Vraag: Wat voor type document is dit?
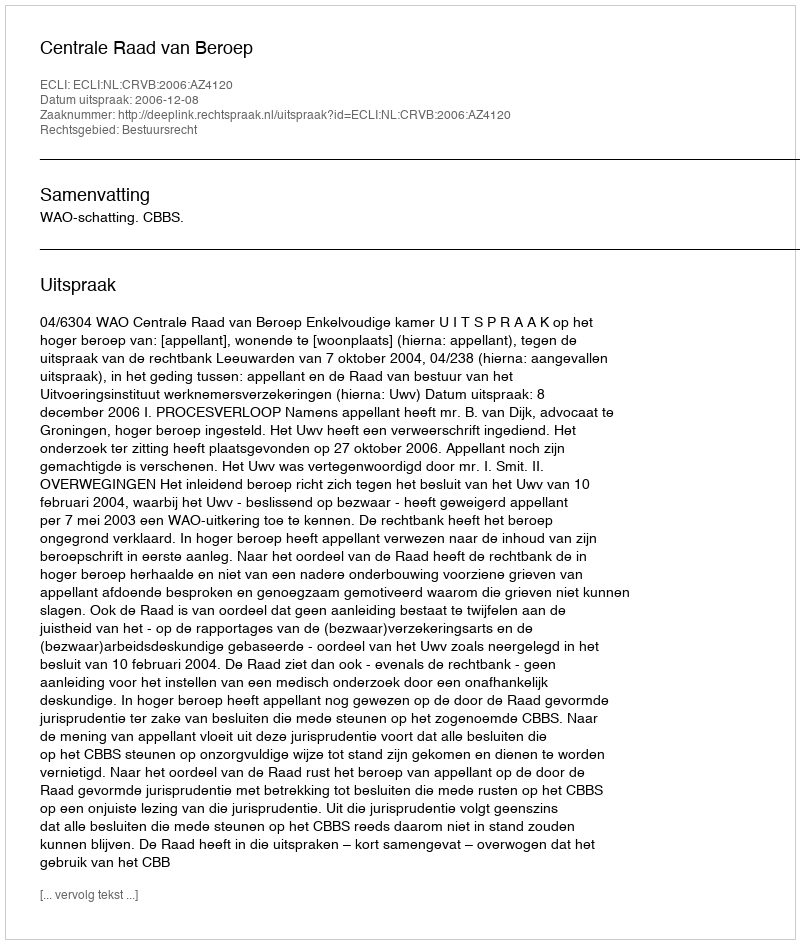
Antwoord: Uitspraak